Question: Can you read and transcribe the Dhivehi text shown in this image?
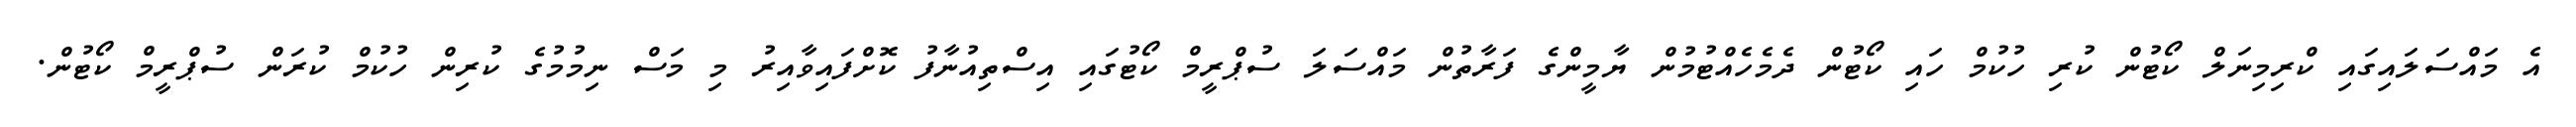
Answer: އެ މައްސަލައިގައި ކްރިމިނަލް ކޯޓުން ކުރި ހުކުމް ހައި ކޯޓުން ދެމެހެއްޓުމުން ޔާމީންގެ ފަރާތުން މައްސަލަ ސުޕްރީމް ކޯޓުގައި އިސްތިއުނާފު ކޮށްފައިވާއިރު މި މަސް ނިމުމުގެ ކުރިން ހުކުމް ކުރަން ސުޕްރީމް ކޯޓުން.